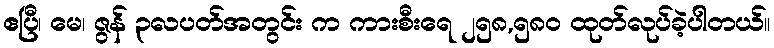
ဧပြီ၊ မေ၊ ဇွန် ၃လပတ်အတွင်း က ကားစီးရေ ၂၅၈,၅၈၀ ထုတ်လုပ်ခဲ့ပါတယ်။